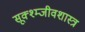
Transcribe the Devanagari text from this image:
सूक्श्म्जीवशास्त्र